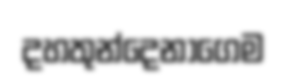
දහතුන්දෙනාගෙම